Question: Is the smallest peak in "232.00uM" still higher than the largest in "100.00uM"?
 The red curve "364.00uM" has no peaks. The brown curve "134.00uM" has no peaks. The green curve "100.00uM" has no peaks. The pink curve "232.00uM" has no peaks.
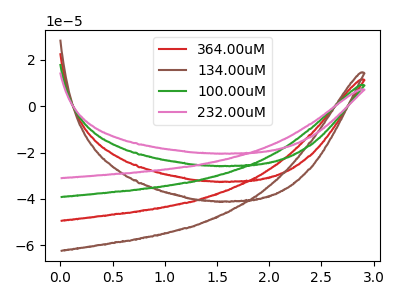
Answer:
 <answer>Niether CV has any peaks.</answer>
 <eval>blanks</eval>